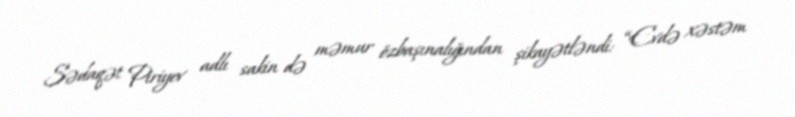
Sədaqət Piriyev adlı sakin də məmur özbaşınalığından şikayətləndi: “Evdə xəstəm